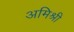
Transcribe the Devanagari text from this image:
अमिश्री